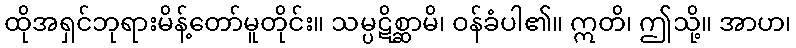
ထိုအရှင်ဘုရားမိန့်တော်မူတိုင်း။ သမ္ပဋိစ္ဆာမိ၊ ဝန်ခံပါ၏။ ဣတိ၊ ဤသို့။ အာဟ၊